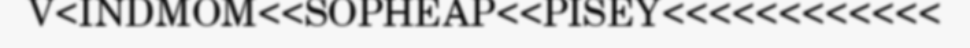
V<INDMOM<<SOPHEAP<<PISEY<<<<<<<<<<<<